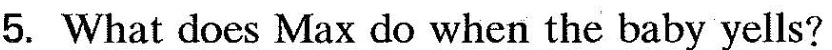
5. What does Max do when the baby yells?